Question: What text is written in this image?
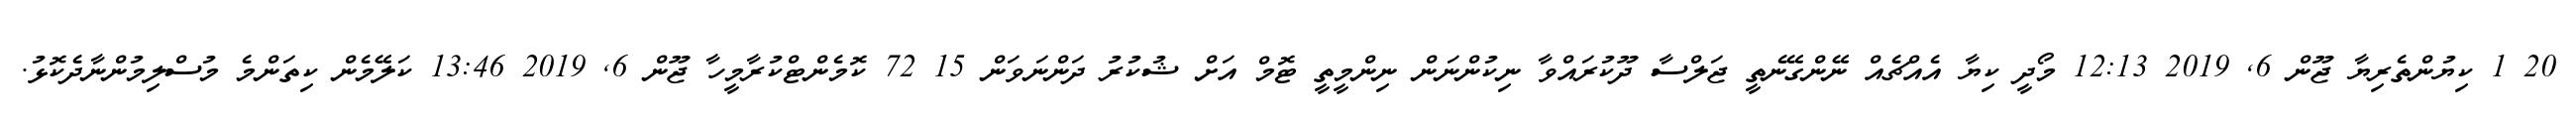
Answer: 20 1 ކިޔުންތެރިޔާ ޖޫން 6, 2019 12:13 މޯދީ ކިޔާ އެއްޗެއް ނޭންގޭނެތީ ޖަލްސާ ދޫކުރައްވާ ނިކުންނަން ނިންމީތީ ޓޮމް އަށް ޝުކުރު ދަންނަވަން 15 72 ކޮމެންޓްކުރާމީހާ ޖޫން 6, 2019 13:46 ކަލޭމެން ކިތަންމެ މުސްލިމުންނާދެކޮޅު.